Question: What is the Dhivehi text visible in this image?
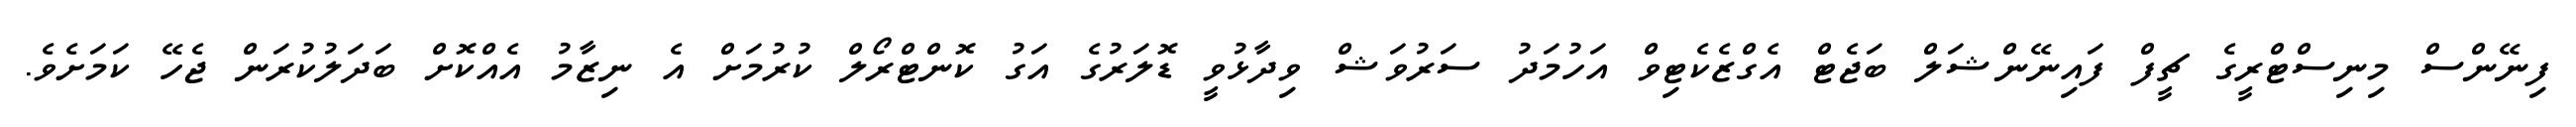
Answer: ފިނޭންސް މިނިސްޓްރީގެ ޗީފް ފައިނޭންޝަލް ބަޖެޓް އެގްޒެކެޓިވް އަހުމަދު ސަރުވަޝް ވިދާޅުވީ ޑޮލަރުގެ އަގު ކޮންޓްރޯލް ކުރުމަށް އެ ނިޒާމު އެއްކޮށް ބަދަލުކުރަން ޖެހޭ ކަމަށެވެ.